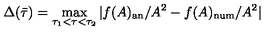
\Delta ( \bar { \tau } ) = \max _ { \tau _ { 1 } < \tau < \tau _ { 2 } } | f ( A ) _ { \mathrm { a n } } / A ^ { 2 } - f ( A ) _ { \mathrm { n u m } } / A ^ { 2 } |